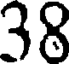
38